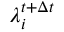
\lambda _ { i } ^ { t + \Delta t }